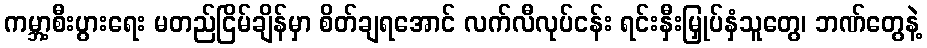
ကမ္ဘာ့စီးပွားရေး မတည်ငြိမ်ချိန်မှာ စိတ်ချရအောင် လက်လီလုပ်ငန်း ရင်းနှီးမြှုပ်နှံသူတွေ၊ ဘဏ်တွေနဲ့